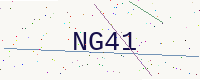
Text: NG41